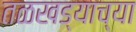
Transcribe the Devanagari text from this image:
तळखड्याच्या